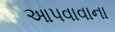
આપવાવાના